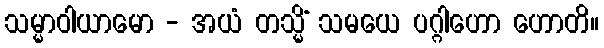
သမ္မာဝါယာမော - အယံ တသ္မိံ သမယေ ပဂ္ဂါဟော ဟောတိ။